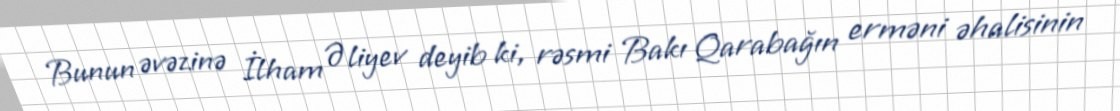
Bunun əvəzinə İlham Əliyev deyib ki, rəsmi Bakı Qarabağın erməni əhalisinin